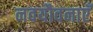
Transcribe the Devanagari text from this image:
नवयौवनाएँ